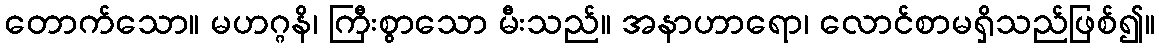
တောက်သော။ မဟဂ္ဂနိ၊ ကြီးစွာသော မီးသည်။ အနာဟာရော၊ လောင်စာမရှိသည်ဖြစ်၍။